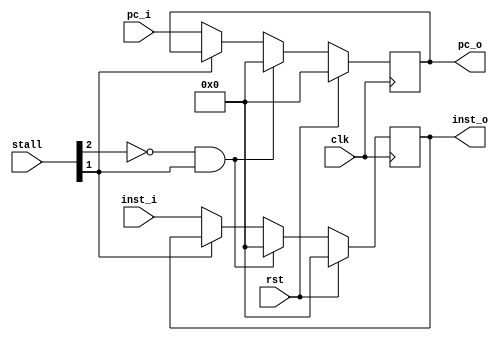
module IF_ID(
    input wire clk,
    input wire rst,
    input wire [31:0] pc_i,
    input wire [31:0] inst_i,
    input wire [5:0] stall,
    
    output reg [31:0] pc_o,
    output reg [31:0] inst_o
);

    always @ (posedge clk) begin
        if(rst == 1'b1) begin
            pc_o <= 32'b0;
            inst_o <= 32'b0;
        end else if(stall[2] == 1'b0 && stall[1] == 1'b1) begin
        	pc_o <= 32'b0;
        	inst_o <= 32'b0;
        end else if(stall[1] == 1'b0) begin
            pc_o <= pc_i;
            inst_o <= inst_i;
        end
    end
endmodule